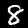
Label: 8